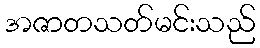
အဇာတသတ်မင်းသည်